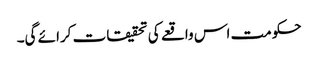
حکومت اس واقعے کی تحقیقات کرائے گی۔